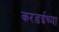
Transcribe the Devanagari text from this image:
करडईच्या